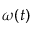
\omega ( t )